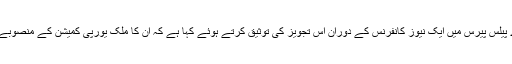
فرانسیسی صدر فرانسو اولاند نے سوموار کو ایلزے پیلس پیرس میں ایک نیوز کانفرنس کے دوران اس تجویز کی توثیق کرتے ہوئے کہا ہے کہ ان کا ملک یورپی کمیشن کے منصوبے کے تحت چوبیس ہزار مہاجرین کو قبول کرے گا۔